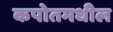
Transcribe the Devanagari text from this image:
कपोतमधील